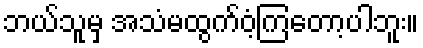
ဘယ်သူမှ အသံမထွက်ဝံ့ကြတော့ပါဘူး။